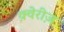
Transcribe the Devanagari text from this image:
क़्वेरीज़